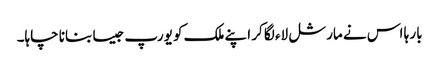
بار ہا اس نے مارشل لاء لگا کر اپنے ملک کو یورپ جیسا بنانا چاہا۔